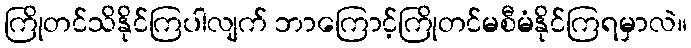
ကြိုတင်သိနိုင်ကြပါလျက် ဘာကြောင့်ကြိုတင်မစီမံနိုင်ကြရမှာလဲ။